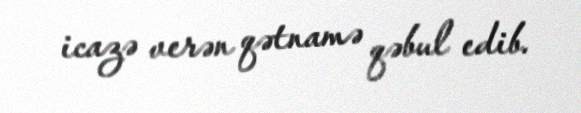
icazə verən qətnamə qəbul edib.